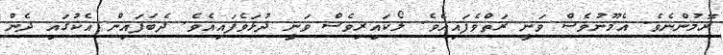
ރޮމުންނެވެ. އެމޫނުވެސް ވަނީ ރަތްވެފައިއެވެ. ލޯކައިރިވެސް ވަނީ ދުޅަވެފައިއެވެ. ދެބަފައިން އެކުގައި ދެން